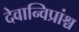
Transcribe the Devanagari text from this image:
देवान्विप्रांश्च